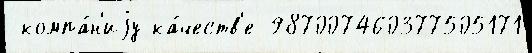
 компа́н'иjу ка́честв'е 987007460377505171